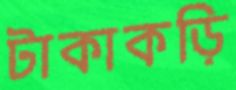
টাকাকড়ি